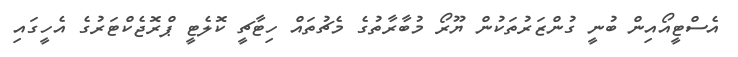
އެސްޓީއޯއިން ބުނީ ގުންޒަރުތަކުން ޔޫރޯ މުބާރާތުގެ މެޗުތައް ހިޓާޗީ ކޮލެޓީ ޕްރޮޖެކްޓަރުގެ އެހީގައި